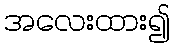
အလေးထား၍